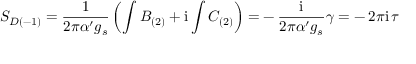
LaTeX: { \cal S } _ { D ( - 1 ) } = \frac { 1 } { 2 \pi \alpha ^ { \prime } g _ { s } } \left( \int B _ { ( 2 ) } + \mathrm { i } \int C _ { ( 2 ) } \right) = - \, \frac { \mathrm { i } } { 2 \pi \alpha ^ { \prime } g _ { s } } \gamma = - \, 2 \pi \mathrm { i } \, \tau